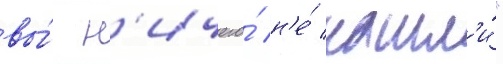
вы́ н'ичего́ н'е́ нашл'и́"